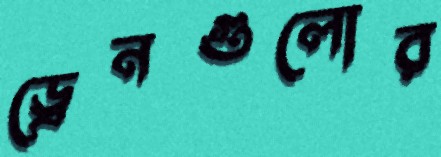
ড্রেনগুলোর